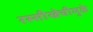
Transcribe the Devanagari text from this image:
रस्सीखेचीमुळे